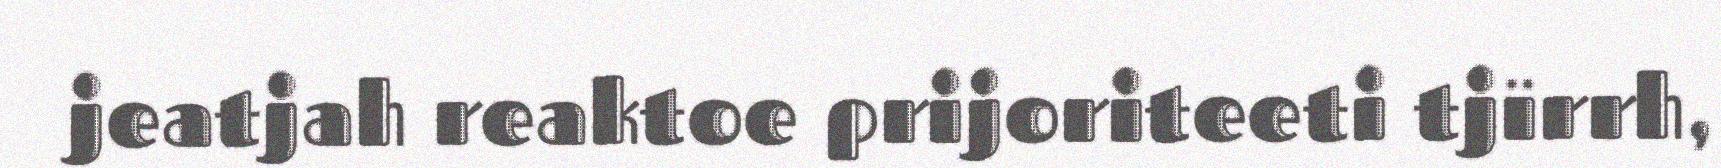
jeatjah reaktoe prijoriteeti tjïrrh,